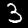
Label: 3